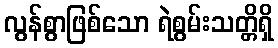
လွန်စွာဖြစ်သော ရဲစွမ်းသတ္တိရှိ